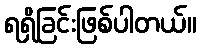
ရရှိခြင်းဖြစ်ပါတယ်။